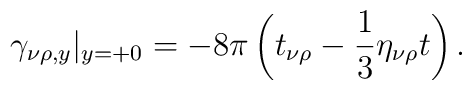
\gamma_{\nu\rho,y}|_{y=+0} = -8\pi \left(t_{\nu\rho} -\frac13  \eta_{\nu\rho}t\right).